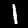
Label: 1